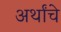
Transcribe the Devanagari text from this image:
अर्थांचे